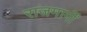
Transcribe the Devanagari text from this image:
राजमार्गीं